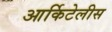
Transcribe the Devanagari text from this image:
आर्किटेलीस